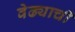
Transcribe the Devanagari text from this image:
वेढ्याची